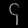
Digit: ၄